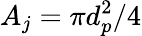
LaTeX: A_{j}=\pi d_{p}^{2}/4